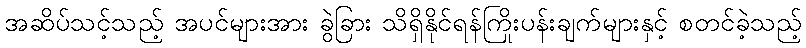
အဆိပ်သင့်သည့် အပင်များအား ခွဲခြား သိရှိနိုင်ရန်ကြိုးပန်းချက်များနှင့် စတင်ခဲ့သည့်